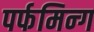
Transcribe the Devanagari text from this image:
पर्फमिन्ग